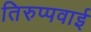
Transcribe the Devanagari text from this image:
तिरुप्पवाई